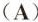
（A）